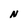
Character: N